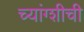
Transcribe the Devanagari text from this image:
च्यांग्शीची